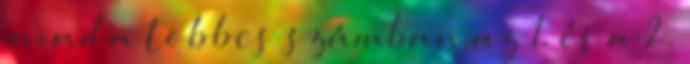
mind a többes számban az 1. és a 2.